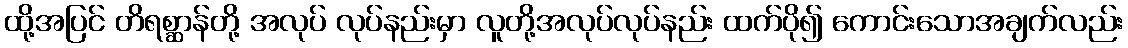
ထို့အပြင် တိရစ္ဆာန်တို့ အလုပ် လုပ်နည်းမှာ လူတို့အလုပ်လုပ်နည်း ထက်ပို၍ ကောင်းသောအချက်လည်း